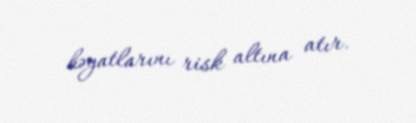
həyatlarını risk altına atır.